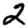
Digit: 2